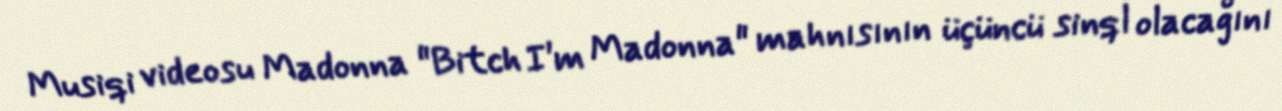
Musiqi videosu Madonna "Bitch I'm Madonna" mahnısının üçüncü sinql olacağını